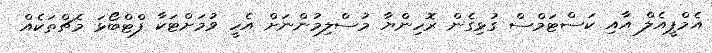
އެމްޕީއެލް އާއި ކަސްޓަމްސް ގުޅިގެން ރޮހިންޔާ މުސްލިމުންނަށް އެހީ ވުމަށްޓަކާ ފްޓްބޯޅަ މެޗްތަކެއް